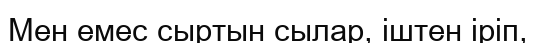
Мен емес сыртын сылар, іштен іріп,